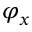
\varphi _ { x }